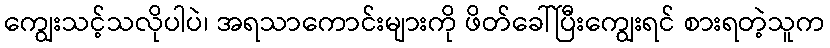
ကျွေးသင့်သလိုပါပဲ၊ အရသာကောင်းများကို ဖိတ်ခေါ်ပြီးကျွေးရင် စားရတဲ့သူက